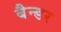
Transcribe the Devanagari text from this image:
बैन्डर